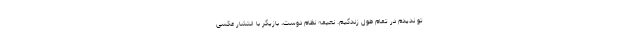
تو ندیدم در تمام طول زندگیم. نعیمه نظام دوست، بازیگر با انتشار عکسی